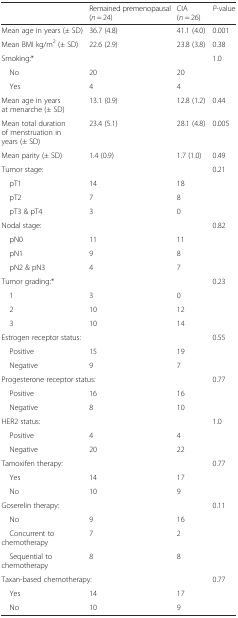
<table><thead><tr><td></td><td><b>Remained premenopausal (<i>n</i> = 24)</b></td><td><b>CIA (<i>n</i> = 26)</b></td><td><b><i>P</i>-value</b></td></tr></thead><tbody><tr><td>Mean age in years (± SD)</td><td>36.7 (4.8)</td><td>41.1 (4.0)</td><td>0.001</td></tr><tr><td>Mean BMI kg/m<sup>2</sup> (± SD)</td><td>22.6 (2.9)</td><td>23.8 (3.8)</td><td>0.38</td></tr><tr><td colspan="3">Smoking:*</td><td>1.0</td></tr><tr><td> No</td><td>20</td><td>20</td><td></td></tr><tr><td> Yes</td><td>4</td><td>4</td><td></td></tr><tr><td>Mean age in years at menarche (± SD)</td><td>13.1 (0.9)</td><td>12.8 (1.2)</td><td>0.44</td></tr><tr><td>Mean total duration of menstruation in years (± SD)</td><td>23.4 (5.1)</td><td>28.1 (4.8)</td><td>0.005</td></tr><tr><td>Mean parity (± SD)</td><td>1.4 (0.9)</td><td>1.7 (1.0)</td><td>0.49</td></tr><tr><td colspan="3">Tumor stage:</td><td>0.21</td></tr><tr><td> pT1</td><td>14</td><td>18</td><td></td></tr><tr><td> pT2</td><td>7</td><td>8</td><td></td></tr><tr><td> pT3 &amp; pT4</td><td>3</td><td>0</td><td></td></tr><tr><td colspan="3">Nodal stage:</td><td>0.82</td></tr><tr><td> pN0</td><td>11</td><td>11</td><td></td></tr><tr><td> pN1</td><td>9</td><td>8</td><td></td></tr><tr><td> pN2 &amp; pN3</td><td>4</td><td>7</td><td></td></tr><tr><td colspan="3">Tumor grading:*</td><td>0.23</td></tr><tr><td> 1</td><td>3</td><td>0</td><td></td></tr><tr><td> 2</td><td>10</td><td>12</td><td></td></tr><tr><td> 3</td><td>10</td><td>14</td><td></td></tr><tr><td colspan="3">Estrogen receptor status:</td><td>0.55</td></tr><tr><td> Positive</td><td>15</td><td>19</td><td></td></tr><tr><td> Negative</td><td>9</td><td>7</td><td></td></tr><tr><td colspan="3">Progesterone receptor status:</td><td>0.77</td></tr><tr><td> Positive</td><td>16</td><td>16</td><td></td></tr><tr><td> Negative</td><td>8</td><td>10</td><td></td></tr><tr><td colspan="3">HER2 status:</td><td>1.0</td></tr><tr><td> Positive</td><td>4</td><td>4</td><td></td></tr><tr><td> Negative</td><td>20</td><td>22</td><td></td></tr><tr><td colspan="3">Tamoxifen therapy:</td><td>0.77</td></tr><tr><td> Yes</td><td>14</td><td>17</td><td></td></tr><tr><td> No</td><td>10</td><td>9</td><td></td></tr><tr><td colspan="3">Goserelin therapy:</td><td>0.11</td></tr><tr><td> No</td><td>9</td><td>16</td><td></td></tr><tr><td> Concurrent to chemotherapy</td><td>7</td><td>2</td><td></td></tr><tr><td> Sequential to chemotherapy</td><td>8</td><td>8</td><td></td></tr><tr><td colspan="3">Taxan-based chemotherapy:</td><td>0.77</td></tr><tr><td> Yes</td><td>14</td><td>17</td><td></td></tr><tr><td> No</td><td>10</td><td>9</td><td></td></tr></tbody></table>